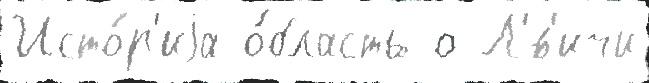
Исто́р'иjа о́бласть о Л'́в'ичи